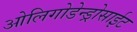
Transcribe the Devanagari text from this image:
ओलिगोडेन्ड्रोसाईट